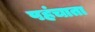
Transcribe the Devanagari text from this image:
पहंचाता